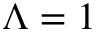
\Lambda = 1